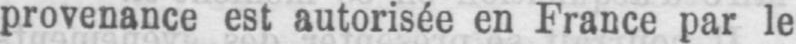
provenance est autorisée en France par le